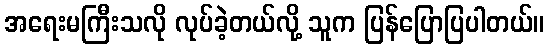
အရေးမကြီးသလို လုပ်ခဲ့တယ်လို့ သူက ပြန်ပြောပြပါတယ်။